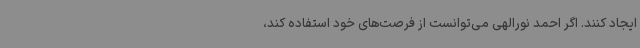
ایجاد کنند. اگر احمد نورالهی می‌توانست از فرصت‌های خود استفاده کند،